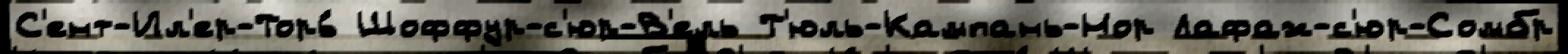
С'ент-Ил'ер-Торь́ Шоффур-с'юр-В'ель Т'юль-Кампань-Нор Лафаж-с'юр-Сомбр